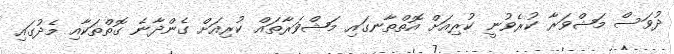
ދުވަސް މަޝްވަރާ ކުރެވުނީ ކުރިއަށް އޮތްތާނގައި މަޝްވަރާތައް ކުރިއަށް ގެންދާނެ ގޮތްތަކާއި މެދުގައި